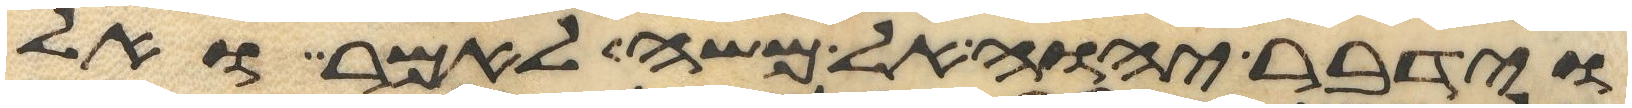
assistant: וידבר יהוה אל משה לאמר ואל